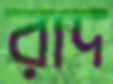
রাদ